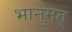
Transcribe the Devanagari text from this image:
भानुमत्